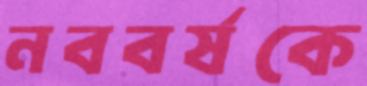
নববর্ষকে